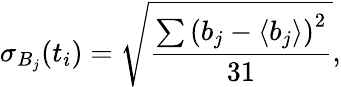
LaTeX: \sigma_{B_{j}}(t_{i})=\sqrt{\frac{\sum\left(b_{j}-\langle{b_{j}}\rangle\right)^{2}}{31}},